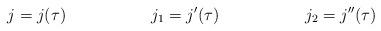
LaTeX: \begin{align*} j&=j(\tau) & j_1&=j'(\tau) & j_2&=j''(\tau)\end{align*}